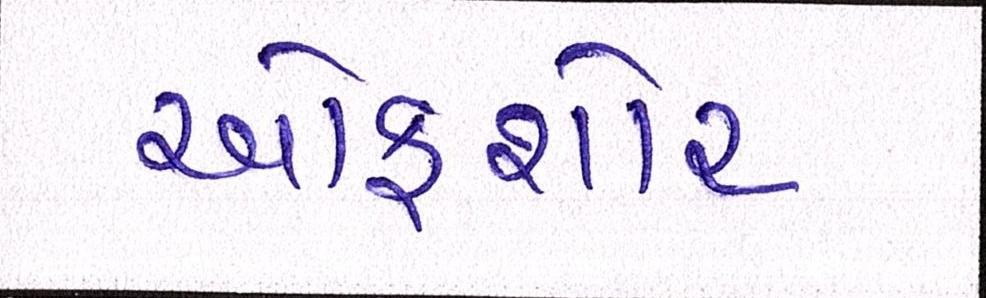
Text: ઓફશોર